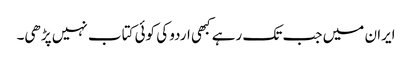
ایران میں جب تک رہے کبھی اردو کی کوئی کتاب نہیں پڑھی۔